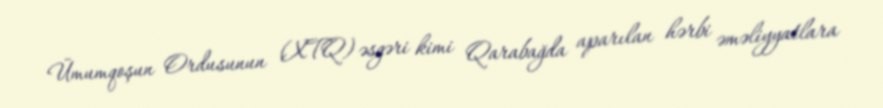
Ümumqoşun Ordusunun (XTQ) əsgəri kimi Qarabağda aparılan hərbi əməliyyatlara